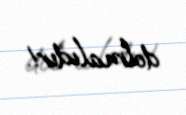
dolmalıdır!.